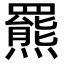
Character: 羆